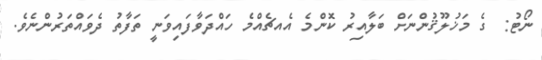
ނޯޓު:  ގެ މަޚުލޫޤުންނަށް ބަލާއިރު ކޮންމެ އެއޗެއްމެ ހައްދަވާފައިވަނީ ތަފާތު ދެވައްތަރުންނެވެ.